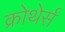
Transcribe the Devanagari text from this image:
क्रोथेर्स